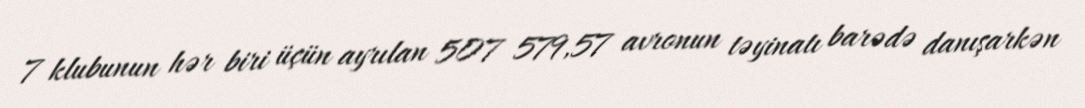
7 klubunun hər biri üçün ayrılan 507 579,57 avronun təyinatı barədə danışarkən